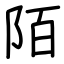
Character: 陌